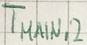
Text: TMAIN,2